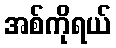
အစ်ကိုရယ်